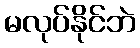
မလုပ်နိုင်ဘဲ